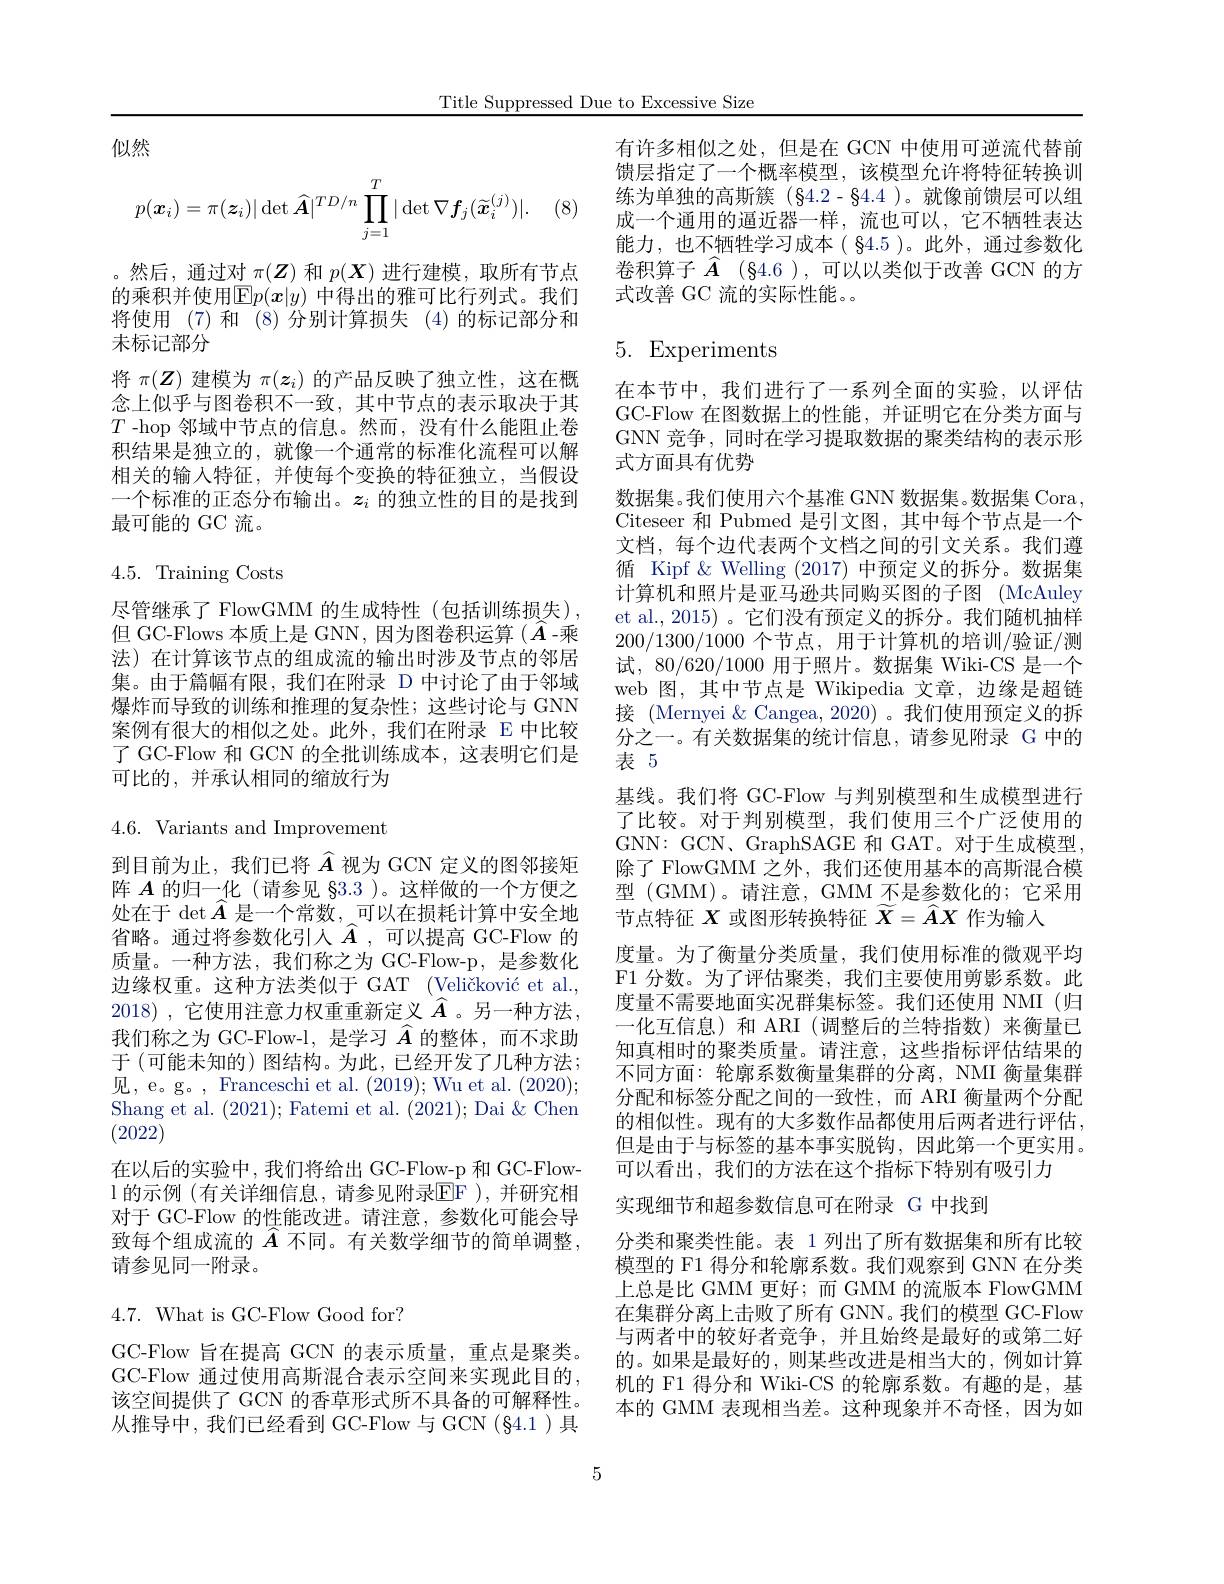
Title Suppressed Due to Excessive Size

似然

(8)
$$p(\boldsymbol{x}_i)=\pi(\boldsymbol{z}_i)|\det\widehat{\boldsymbol{A}}|^{TD/n}\prod_{j=1}^T|\det\nabla\boldsymbol{f}_j(\widetilde{\boldsymbol{x}}_i^{(j)})|.$$
。然后，通过对$\pi(\boldsymbol{Z})$和$p(\boldsymbol{X})$进行建模，取所有节点的乘积并使用$\mathbb{E}p(\boldsymbol{x}|y)$ 中得出的雅可比行列式。我们将使用 (7)和 (8)分别计算损失 (4)的标记部分和末标记部分
将$\pi(Z)$建模为$\pi(z_i)$的产品反映了独立性，这在概念上似乎与图卷积不一致，其中节点的表示取决于其$T$ -hop 邻域中节点的信息。然而，没有什么能阻止卷积结果是独立的，就像一个通常的标准化流程可以解相关的输入特征，并使每个变换的特征独立，当假设一个标准的正态分布输出。$z_i$的独立性的目的是找到最可能的 GC 流。

## 4.5. Training Costs

尽管继承了 FlowGMM 的生成特性(包括训练损失) 但 GC-Flows 本质上是 GNN, 因为图卷积运算($\hat{A}$-乘法)在计算该节点的组成流的输出时涉及节点的邻居集。由于篇幅有限，我们在附录 D 中讨论了由于邻域爆炸而导致的训练和推理的复杂性；这些讨论与 GNN 案例有很大的相似之处。此外，我们在附录 E 中比较了 GC-Flow 和 GCN 的全批训练成本，这表明它们是可比的，并承认相同的缩放行为4.6. Variants and Improvement 到目前为止，我们已将$\widehat{A}$视为 GCN 定义的图邻接矩阵$A$的归一化 (请参见 §3.3 )。这样做的一个方便之处在于$\det\widehat{A}$是一个常数，可以在损耗计算中安全地省略。通过将参数化引入$\hat{A}$,可以提高 GC-Flow 的质量。一种方法，我们称之为 GC-Flow-p,是参数化边缘权重。这种方法类似于 GAT (Veličković et al., 2018),它使用注意力权重重新定义$\widehat{A}$。另一种方法， 我们称之为 GC-Flow-l,是学习$\widehat{A}$的整体，而不求助于 (可能未知的) 图结构。为此，已经开发了几种方法； 见，e。g。, Franceschi et al. (2019); Wu et al. (2020); Shang et al. (2021); Fatemi et al. (2021); Dai &Chen (2022)
在以后的实验中，我们将给出 GC-Flow-p 和 GC-Flowl 的示例 (有关详细信息，请参见附录$\mathbb{EF}$ ),并研究相对于 GC-Flow 的性能改进。请注意，参数化可能会导致每个组成流的$\widehat{A}$不同。有关数学细节的简单调整， 请参见同一附录。
$4.7.{\mathrm{~What~is~GC-Flow~Good~for?}}$
GC-Flow 旨在提高 GCN 的表示质量，重点是聚类。

GC-Flow 通过使用高斯混合表示空间来实现此目的， 该空间提供了 GCN 的香草形式所不具备的可解释性。从推导中，我们已经看到 GC-Flow 与 GCN (§4.1)具

有许多相似之处，但是在 GCN 中使用可逆流代替前馈层指定了一个概率模型，该模型允许将特征转换训练为单独的高斯簇(§4.2-§4.4 )。就像前馈层可以组成一个通用的逼近器一样，流也可以，它不牺牲表达能力，也不牺牲学习成本( $\$4.5$ )。此外，通过参数化卷积算子$\widehat{A}$ (§4.6),可以以类似于改善 GCN 的方式改善 GC 流的实际性能。。

## 5. Experiments

在本节中，我们进行了一系列全面的实验，以评估GC-Flow 在图数据上的性能，并证明它在分类方面与GNN 竞争，同时在学习提取数据的聚类结构的表示形式方面具有优势
数据集。我们使用六个基准 GNN 数据集。数据集 Cora , Citeseer 和 Pubmed 是引文图，其中每个节点是一个文档，每个边代表两个文档之间的引文关系。我们遵循 Kipf &Welling (2017)中预定义的拆分。数据集计算机和照片是亚马逊共同购买图的子图 (McAuley et al.,2015) 。它们没有预定义的拆分。我们随机抽样200/1300/1000 个节点，用于计算机的培训/验证/测试，80/620/1000 用于照片。数据集 Wiki-CS 是一个web 图，其中节点是 Wikipedia 文章，边缘是超链接 (Mernyei &Cangea, 2020)。我们使用预定义的拆分之一。有关数据集的统计信息，请参见附录 G 中的表5
基线。我们将 GC-Flow 与判别模型和生成模型进行了比较。对于判别模型，我们使用三个广泛使用的GNN: GCN、GraphSAGE 和 GAT。对于生成模型， 除了 FlowGMM 之外，我们还使用基本的高斯混合模型 (GMM)。请注意，GMM 不是参数化的；它采用节点特征$X$或图形转换特征$\widetilde{X}=\widehat{A}X$作为输入
度量。为了衡量分类质量，我们使用标准的微观平均F1 分数。为了评估聚类，我们主要使用剪影系数。此度量不需要地面实况群集标签。我们还使用 NMI(归一化互信息)和 ARI (调整后的兰特指数) 来衡量已知真相时的聚类质量。请注意，这些指标评估结果的不同方面：轮廓系数衡量集群的分离，NMI 衡量集群分配和标签分配之间的一致性，而 ARI 衡量两个分配的相似性。现有的大多数作品都使用后两者进行评估， 但是由于与标签的基本事实脱钩，因此第一个更实用。可以看出，我们的方法在这个指标下特别有吸引力
实现细节和超参数信息可在附录 G 中找到
分类和聚类性能。表 1 列出了所有数据集和所有比较模型的 F1 得分和轮廓系数。我们观察到 GNN 在分类上总是比 GMM 更好；而 GMM 的流版本 FlowGMM 在集群分离上击败了所有 GNN。我们的模型 GC-Flow 与两者中的较好者竞争，并且始终是最好的或第二好的。如果是最好的，则某些改进是相当大的，例如计算机的 F1 得分和 Wiki-CS 的轮廓系数。有趣的是，基本的 GMM 表现相当差。这种现象并不奇怪，因为如

5